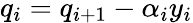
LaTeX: q_{i}=q_{i+1}-\alpha_{i}y_{i}